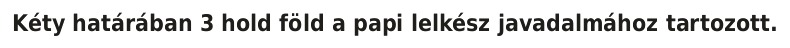
Kéty határában 3 hold föld a papi lelkész javadalmához tartozott.